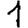
Digit: 1